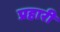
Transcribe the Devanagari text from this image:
प्रहारी